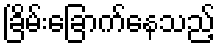
ခြိမ်းခြောက်နေသည့်